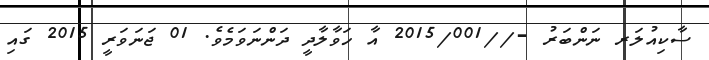
ސާކިއުލަރ ނަންބަރު -//2015/001 އާ ހަވާލާދީ ދަންނަވަމެވެ. 01 ޖަނަވަރީ 2015 ގައި